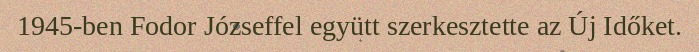
1945-ben Fodor Józseffel együtt szerkesztette az Új Időket.